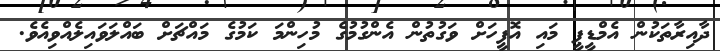
ދާއިރާތަކުން އެމްޑީޕީ މައި އޮފީހަށް ވަގުތުން އެންގުމުގެ މުހިންމަ ކަމުގެ މައްޗަށް ބައްލަވައިލެއްވިއެވެ.